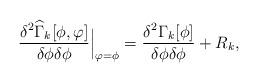
LaTeX: \begin{align*}\frac{\delta^2 \widehat{\Gamma}_k[\phi,\varphi]}{\delta\phi\delta\phi}{\Big |}_{\varphi=\phi}= \frac{\delta^2 \Gamma_k[\phi]}{\delta\phi\delta\phi} + R_k,\end{align*}